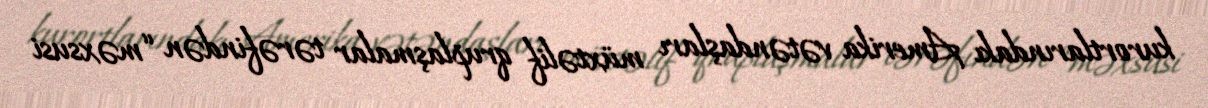
kurortlarındakı Amerika vətəndaşları müxtəlif qruplaşmalar tərəfindən “məxsusi